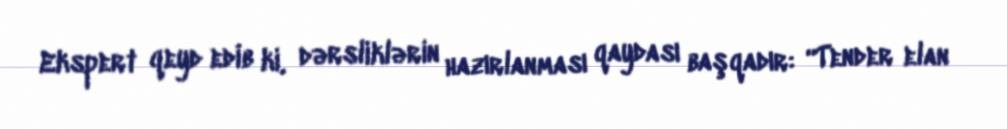
Ekspert qeyd edib ki, dərsliklərin hazırlanması qaydası başqadır: “Tender elan